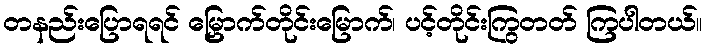
တနည်းပြောရရင် မြှောက်တိုင်းမြောက်၊ ပင့်တိုင်းကြွတတ် ကြပါတယ်။